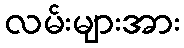
လမ်းများအား